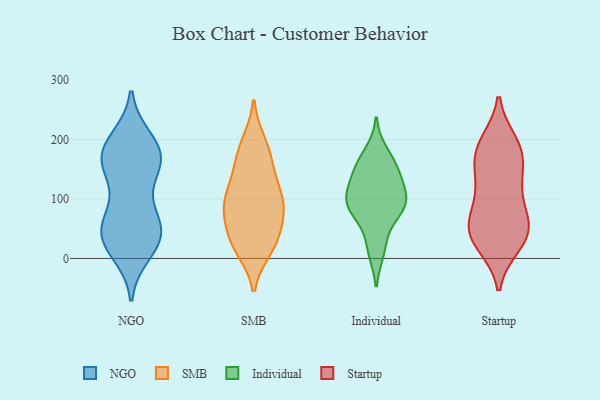
{"axis": {"x": "Energy Usage (MWh)", "y": "Value"}, "legend": ["Individual", "NGO", "SMB", "Startup"], "data": [{"x": "", "y": 39, "type": "NGO"}, {"x": "", "y": 198, "type": "NGO"}, {"x": "", "y": 44, "type": "NGO"}, {"x": "", "y": 168, "type": "NGO"}, {"x": "", "y": 57, "type": "NGO"}, {"x": "", "y": 35, "type": "NGO"}, {"x": "", "y": 164, "type": "NGO"}, {"x": "", "y": 174, "type": "NGO"}, {"x": "", "y": 10, "type": "NGO"}, {"x": "", "y": 56, "type": "NGO"}, {"x": "", "y": 200, "type": "NGO"}, {"x": "", "y": 67, "type": "NGO"}, {"x": "", "y": 183, "type": "NGO"}, {"x": "", "y": 152, "type": "NGO"}, {"x": "", "y": 36, "type": "NGO"}, {"x": "", "y": 153, "type": "NGO"}, {"x": "", "y": 100, "type": "NGO"}, {"x": "", "y": 163, "type": "NGO"}, {"x": "", "y": 17, "type": "NGO"}, {"x": "", "y": 109, "type": "SMB"}, {"x": "", "y": 193, "type": "SMB"}, {"x": "", "y": 115, "type": "SMB"}, {"x": "", "y": 30, "type": "SMB"}, {"x": "", "y": 96, "type": "SMB"}, {"x": "", "y": 162, "type": "SMB"}, {"x": "", "y": 75, "type": "SMB"}, {"x": "", "y": 147, "type": "SMB"}, {"x": "", "y": 44, "type": "SMB"}, {"x": "", "y": 94, "type": "SMB"}, {"x": "", "y": 196, "type": "SMB"}, {"x": "", "y": 160, "type": "SMB"}, {"x": "", "y": 59, "type": "SMB"}, {"x": "", "y": 23, "type": "SMB"}, {"x": "", "y": 15, "type": "SMB"}, {"x": "", "y": 83, "type": "SMB"}, {"x": "", "y": 17, "type": "SMB"}, {"x": "", "y": 91, "type": "SMB"}, {"x": "", "y": 178, "type": "Individual"}, {"x": "", "y": 12, "type": "Individual"}, {"x": "", "y": 92, "type": "Individual"}, {"x": "", "y": 21, "type": "Individual"}, {"x": "", "y": 72, "type": "Individual"}, {"x": "", "y": 100, "type": "Individual"}, {"x": "", "y": 96, "type": "Individual"}, {"x": "", "y": 161, "type": "Individual"}, {"x": "", "y": 153, "type": "Individual"}, {"x": "", "y": 73, "type": "Individual"}, {"x": "", "y": 136, "type": "Individual"}, {"x": "", "y": 118, "type": "Individual"}, {"x": "", "y": 101, "type": "Individual"}, {"x": "", "y": 147, "type": "Individual"}, {"x": "", "y": 91, "type": "Individual"}, {"x": "", "y": 157, "type": "Startup"}, {"x": "", "y": 34, "type": "Startup"}, {"x": "", "y": 52, "type": "Startup"}, {"x": "", "y": 54, "type": "Startup"}, {"x": "", "y": 192, "type": "Startup"}, {"x": "", "y": 23, "type": "Startup"}, {"x": "", "y": 186, "type": "Startup"}, {"x": "", "y": 177, "type": "Startup"}, {"x": "", "y": 23, "type": "Startup"}, {"x": "", "y": 104, "type": "Startup"}, {"x": "", "y": 68, "type": "Startup"}, {"x": "", "y": 195, "type": "Startup"}, {"x": "", "y": 47, "type": "Startup"}, {"x": "", "y": 130, "type": "Startup"}, {"x": "", "y": 153, "type": "Startup"}, {"x": "", "y": 108, "type": "Startup"}, {"x": "", "y": 57, "type": "Startup"}]}